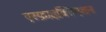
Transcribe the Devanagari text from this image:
एस्फ़ाइक्सिएशन